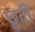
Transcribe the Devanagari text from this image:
छूटीं